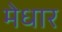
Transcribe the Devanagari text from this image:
मेधार